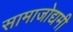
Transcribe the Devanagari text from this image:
सामाजोद्यमी